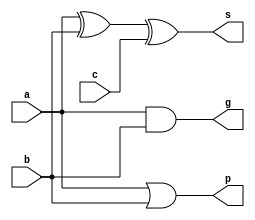
`timescale 1ns / 1ps
//////////////////////////////////////////////////////////////////////////////////
// Company: 
// Engineer: 
// 
// Design Name: 
// Module Name:    block_spg 
// Project Name: 
// Target Devices: 
// Tool versions: 
// Description: 
//
// Dependencies: 
//
// Revision: 
// Revision 0.01 - File Created
// Additional Comments: 
//
//////////////////////////////////////////////////////////////////////////////////
module block_spg(
	input a,
	input b,
	input c,
	output p,
	output g,
	output s
    );

assign s = a^b^c;
assign p = a | b;
assign g = a & b;

endmodule